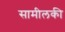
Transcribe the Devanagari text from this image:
सामीलकी